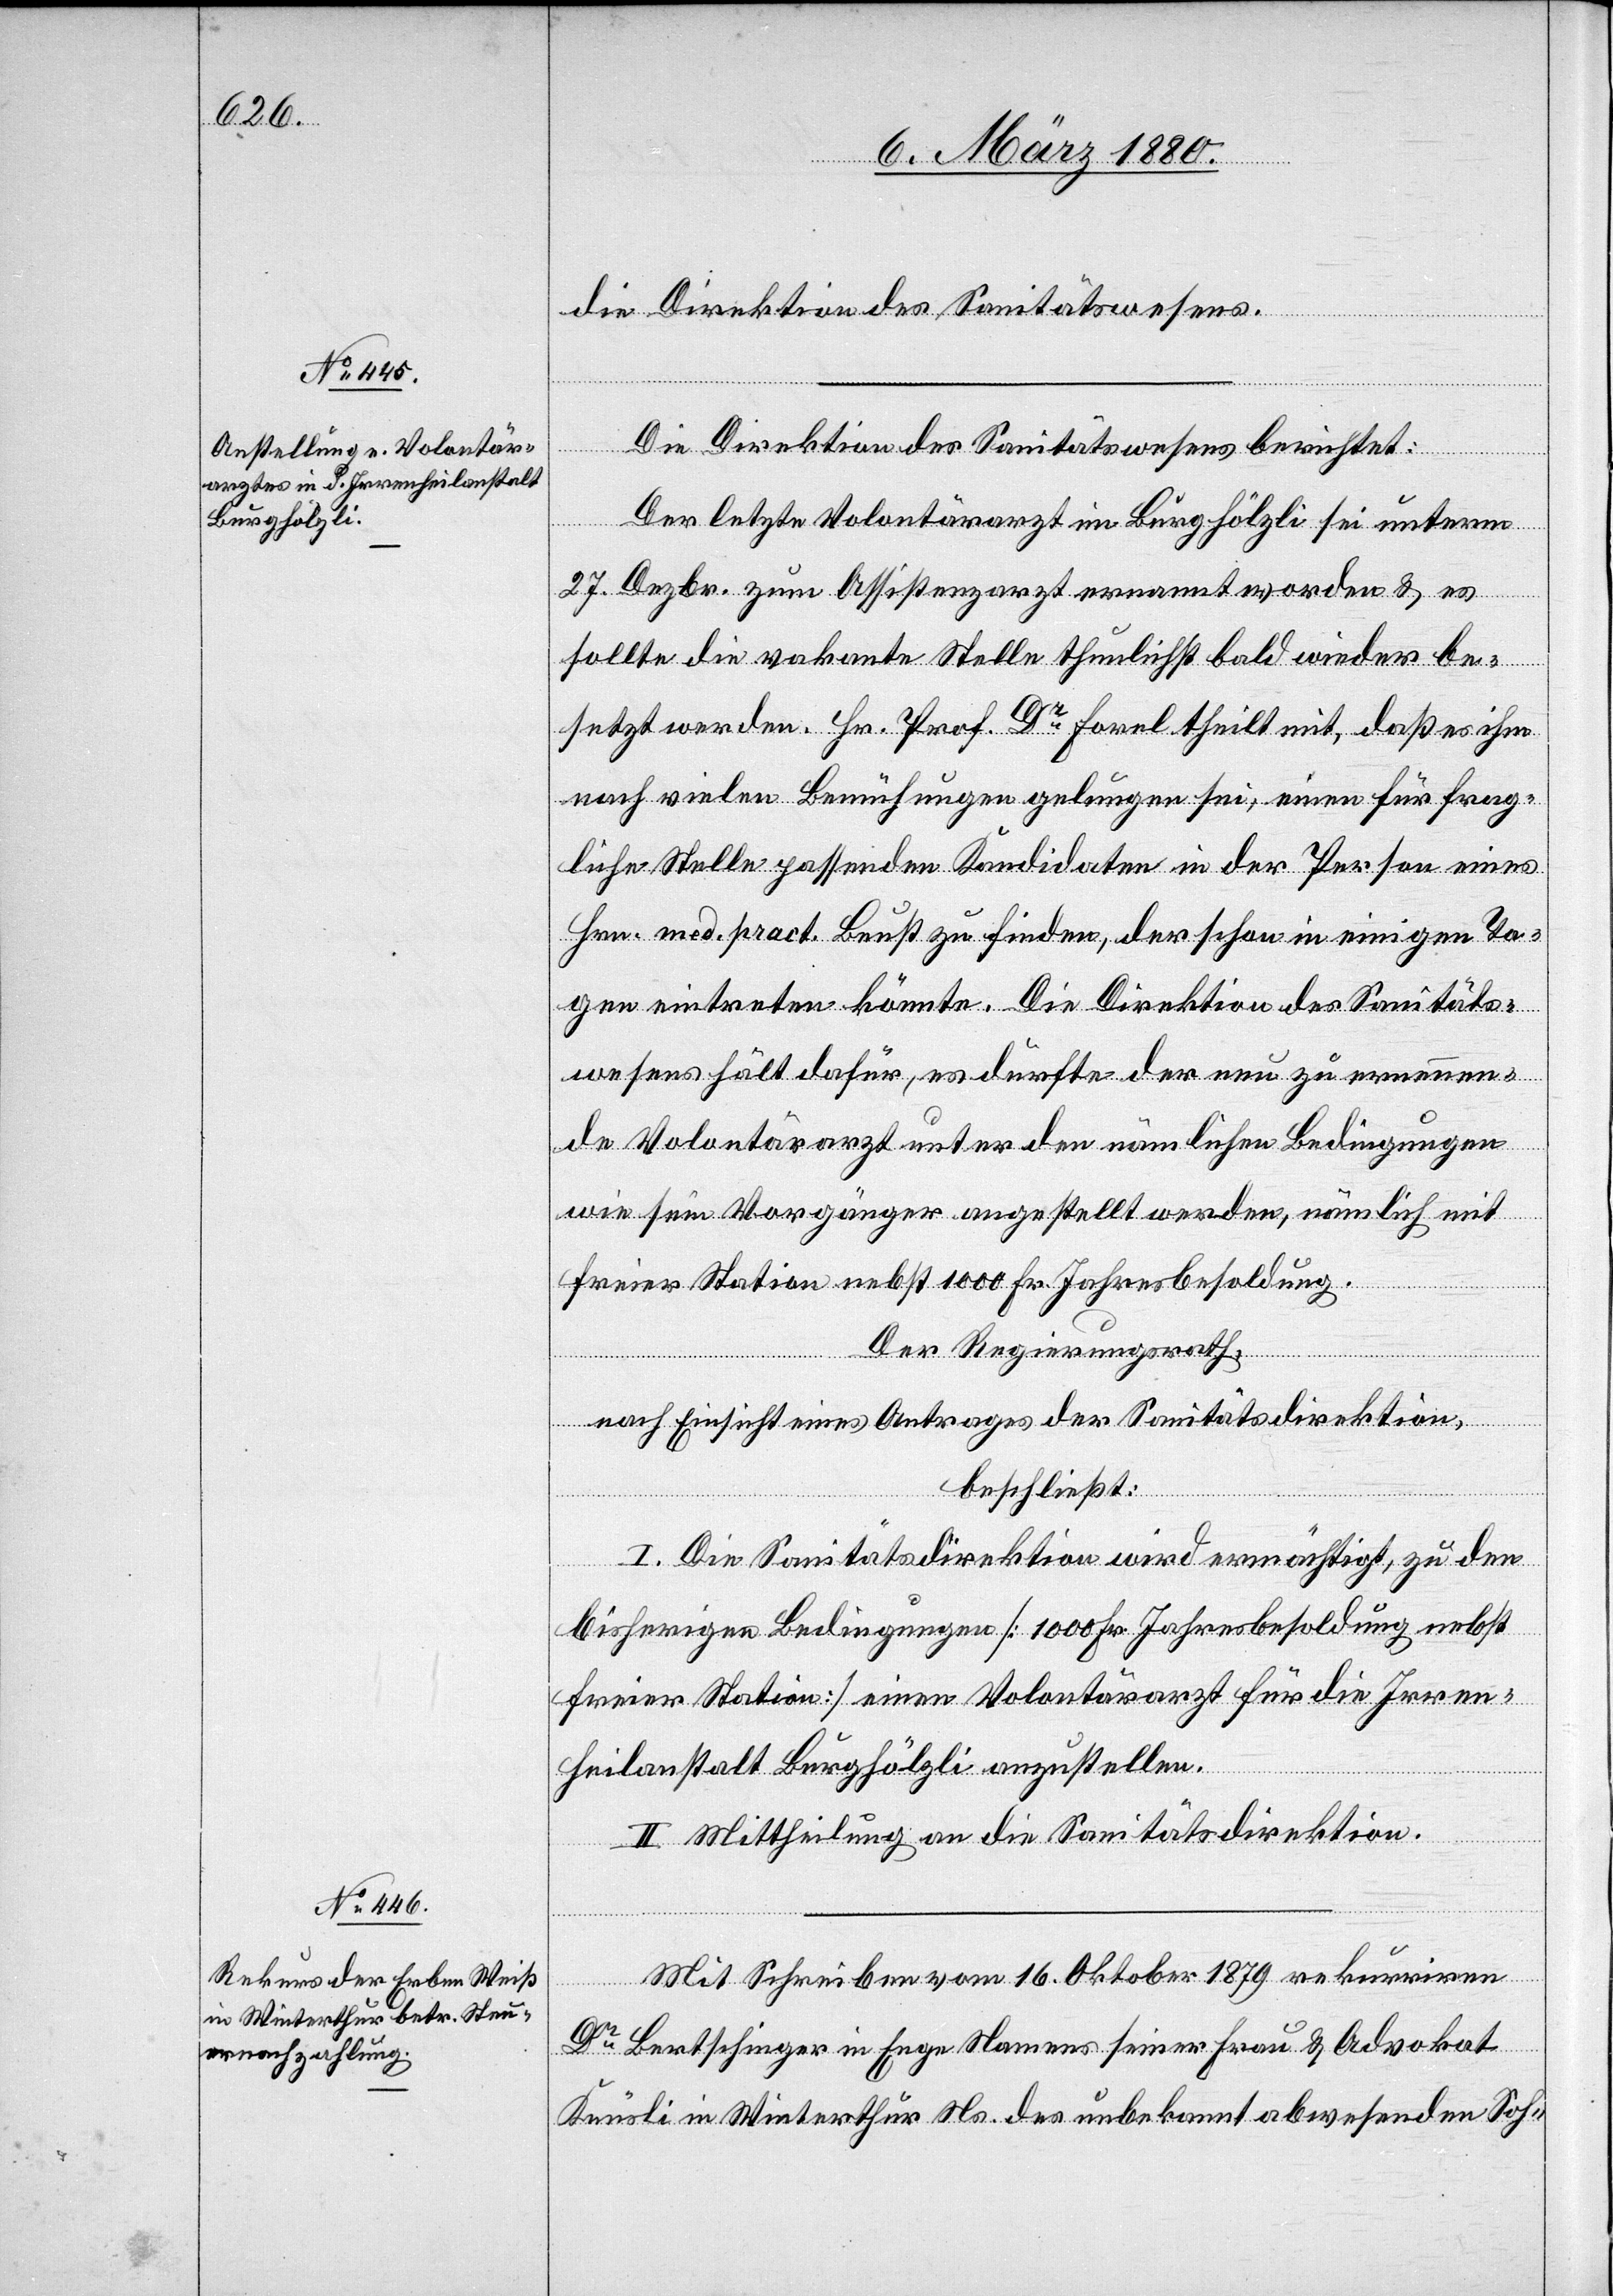
die Direktion des Sanitätswesens.
Die Direktion des Sanitätswesens berichtet:
Der letzte Volontärarzt im Burghölzli sei unterm
27. Dezbr. zum Assistenzarzt ernannt worden & es
sollte die vakante Stelle thunlichst bald wieder be¬
setzt werden. Hr. Prof. Dr Forel theilt mit, daß es ihm
nach vielen Bemühungen gelungen sei, einen für frag¬
liche Stelle passenden Kandidaten in der Person eines
Hrn. med. pract. Beust zu finden, der schon in einigen Ta¬
gen eintreten könnte. Die Direktion des Sanitäts¬
wesens hält dafür, es dürfte der neu zu ernennen¬
de Volontärarzt unter den nämlichen Bedingungen
wie sein Vorgänger angestellt werden, nämlich mit
freier Station nebst 1000 Fr. Jahresbesoldung.
Der Regierungsrath,
nach Einsicht eines Antrages der Sanitätsdirektion,
beschließt:
I. Die Sanitätsdirektion wird ermächtigt, zu den
bisherigen Bedingungen [1000 Fr. Jahresbesoldung nebst
freier Station] einen Volontärarzt für die Irren¬
heilanstalt Burghölzli anzustellen.
II. Mittheilung an die Sanitätsdirektion.
Mit Schreiben vom 16. Oktober 1879 rekurriren
Dr Bertschinger in Enge Namens seiner Frau & Advokat
Knüsli in Winterthur Ns. des unbekannt abwesenden Soh-